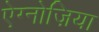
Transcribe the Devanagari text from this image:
ऐग्नोज़िया